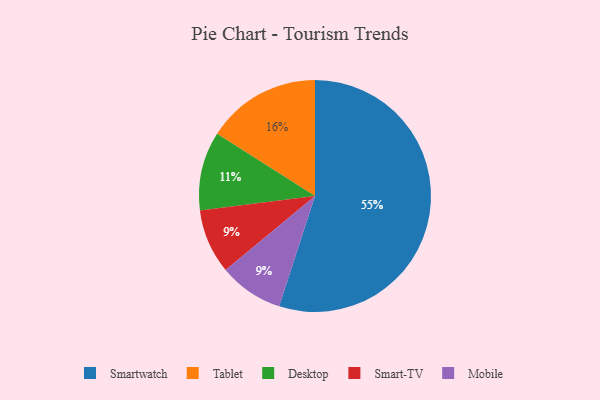
{"axis": {"x": "Category", "y": "Percentage"}, "legend": ["Desktop", "Mobile", "Smart-TV", "Smartwatch", "Tablet"], "data": [{"x": "Desktop", "y": 11, "type": "Desktop"}, {"x": "Smart-TV", "y": 9, "type": "Smart-TV"}, {"x": "Tablet", "y": 16, "type": "Tablet"}, {"x": "Mobile", "y": 9, "type": "Mobile"}, {"x": "Smartwatch", "y": 55, "type": "Smartwatch"}]}